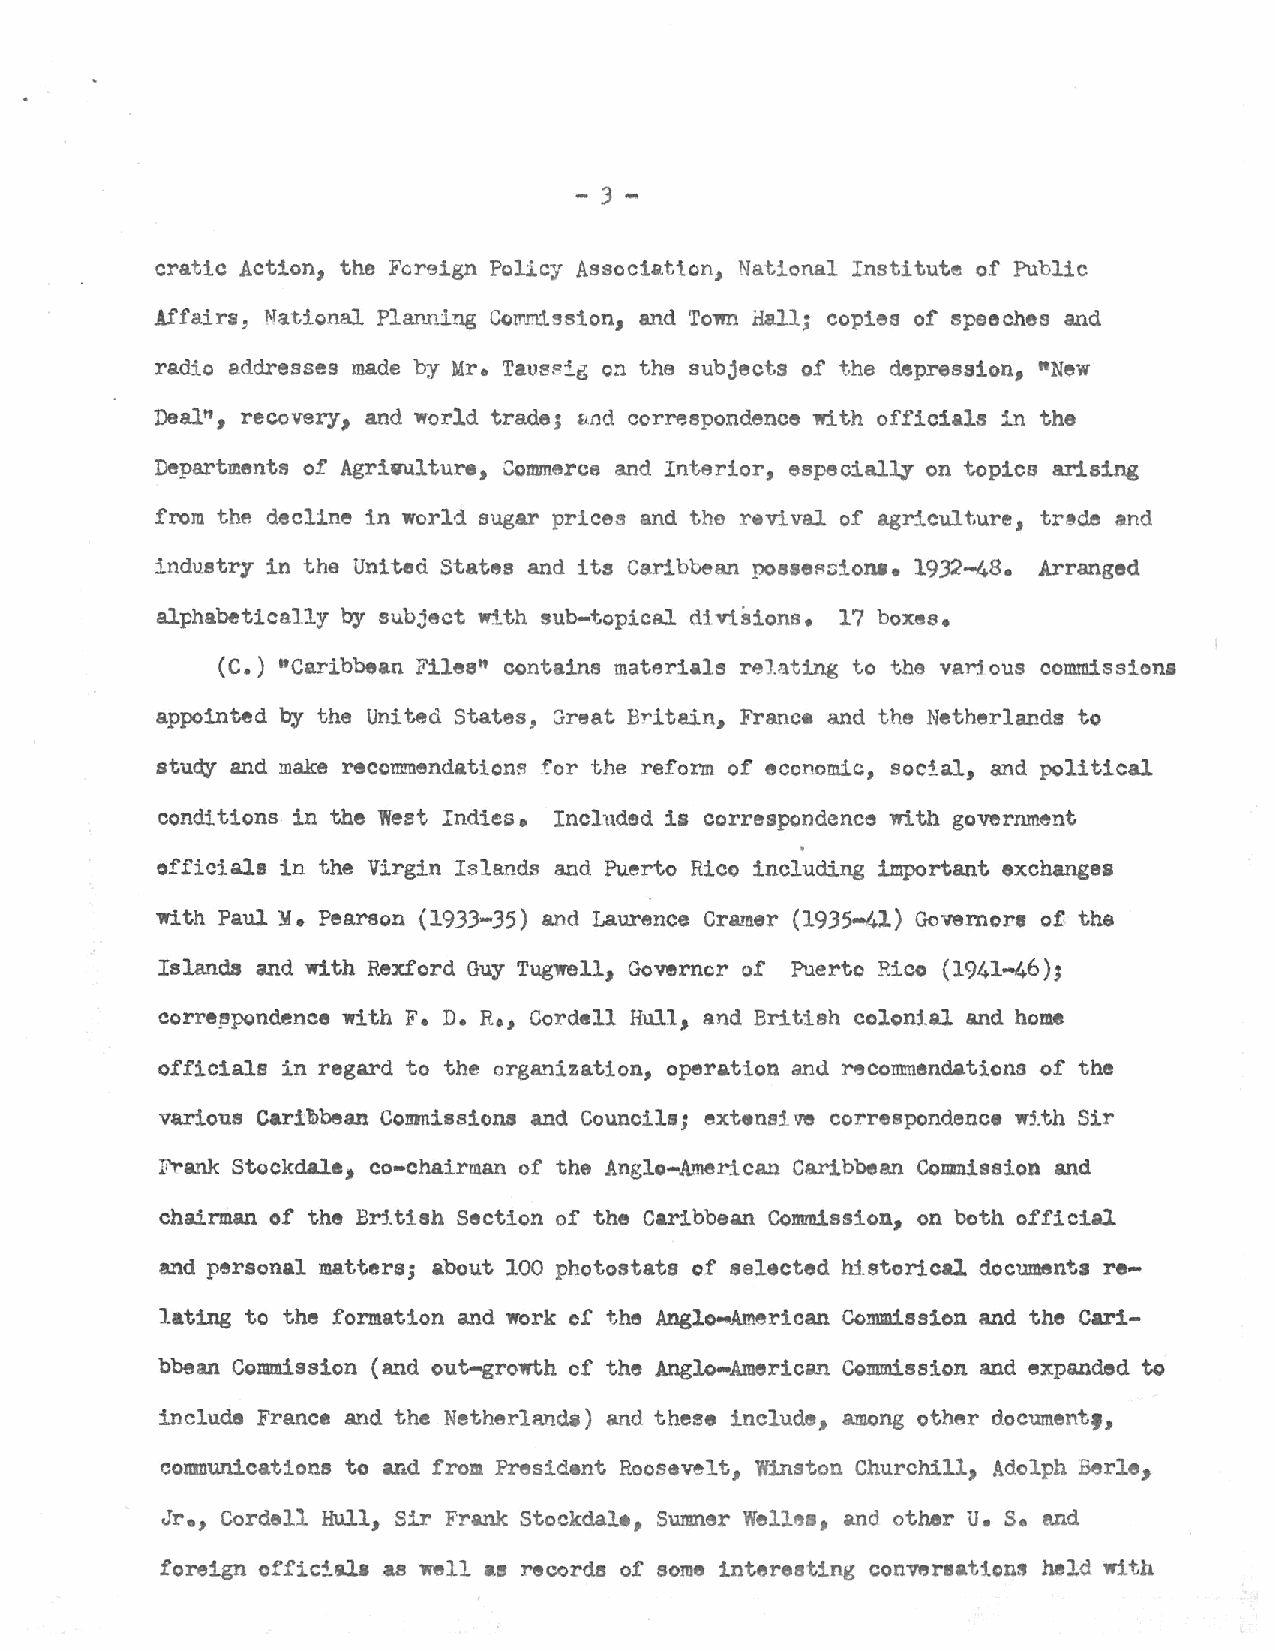
- 3-
 cratic Action, the Fcreign Policy Association, National Institute of Public
 Affairs, National PlanD.ing Commission, and Town Hall; copies of speeches and
 radio addresses made by Mr. Taussig on the subjects of the depression, "New
 recovery, and world trade; correspondence with officials in the
 Deal~,                      ~nd
 Departments of Agrivulture,    and Interior, especially on topics arising
 ~mmerce
 from the decline in world sugar prices and the revival of agriculture, trsde and
 indu.stry in the United States and it8 Caribbean  1932-48. Arranged
 posse~::;iol'Uie
 alphabetically by subject with sub-topical divisions. 17 boxes.
 (C.) "Caribbean Files" contains materials reJ.ating to the van ous oommissiona
 appointed by the United States, Great Britain, France and the Netherlands to
 study and make recommendations for the reform of economic, social, and political
 conditions in the West Indies. Included is correspondence with government
 officials in the Virgin Islands and Puerto Rico including important exchanges
 With Paul :~A:. Pearson (1933-35) and Laurence Cramer (19.35•41) Governors of the
 Islanda and with Rexford Guy Tugwell, Governor of Puerto Rico (1941-46);
 with F. D. R., Cordell Hull, and British colonial and home
 eorre~pondence
 officials in regard to the organization, operation and recommendations of the
 various Cari:'B>bean Comnissions and Councils; extenaj ve correspondence wj.th Sir
 Frank Stockdale, eo-chairman of the Anglo-American Caribbean Coumission and
 chairman of the BM.tish Section of the Caribbean Commission, on both official.
 and       matters; about 100 photostats of selected historical. documents re
 p~rsonal
 lating to the formation and work of the      Commission and the Cari
 Anglo~American
 bbean Commission (and out-growth of the Anglo-American Commission and expanded to
 include France and the Netherland&) and theee include, among other document,,
 communications to and from President Roosevelt, Winston Churchill, Adolph Berle,
 u. s.
 Jr., Cordell Hull, Sir Frank Stockdal•, Sumner Welles, and other and
 foreign officiala as well as records of some interesting  held with
 convereatio~